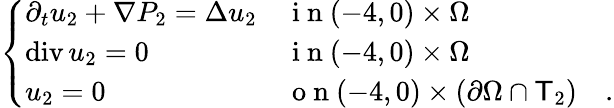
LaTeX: \begin{array}{r}{\left\{ \begin{array}{ll}{\partial_{t}u_{2}+\nabla P_{2}=\Delta u_{2}}&{\mathrm{~i~n~}(-4,0)\times\Omega}\\ {\operatorname{div}u_{2}=0}&{\mathrm{~i~n~}(-4,0)\times\Omega}\\ {u_{2}=0}&{\mathrm{~o~n~}(-4,0)\times(\partial\Omega\cap\mathsf T_{2})\quad.}\end{array}\right.}\end{array}